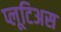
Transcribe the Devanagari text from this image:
प्लूटिअस